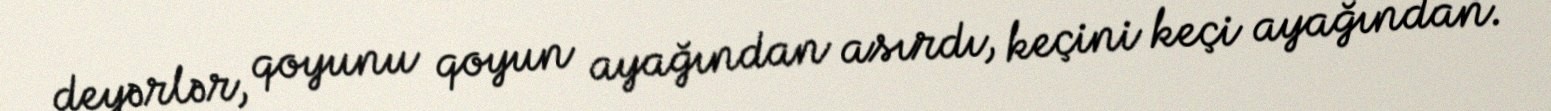
deyərlər, qoyunu qoyun ayağından asırdı, keçini keçi ayağından.